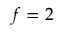
f = 2